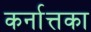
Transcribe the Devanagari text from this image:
कर्नात्तका